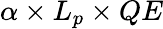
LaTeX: \alpha\times L_{p}\times QE